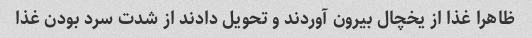
ظاهرا غذا از یخچال بیرون آوردند و تحویل دادند از شدت سرد بودن غذا